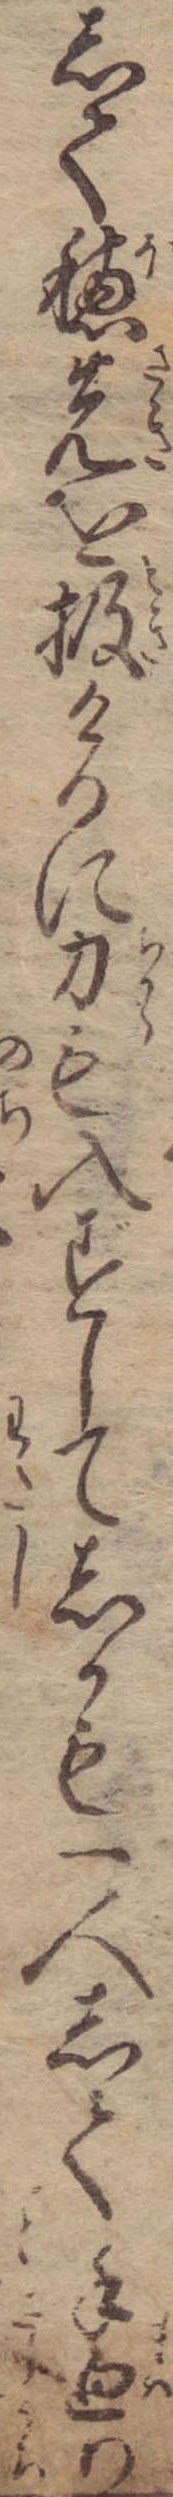
して穂先を扱けるに力も入ずしてしかも一人して手廻り